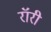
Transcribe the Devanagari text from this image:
रॉरी